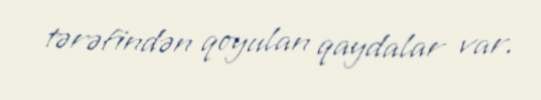
tərəfindən qoyulan qaydalar var.